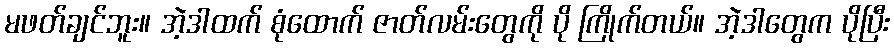
မဖတ်ချင်ဘူး။ အဲ့ဒါထက် စုံထောက် ဇာတ်လမ်းတွေကို ပို ကြိုက်တယ်။ အဲ့ဒါတွေက ပိုပြီး